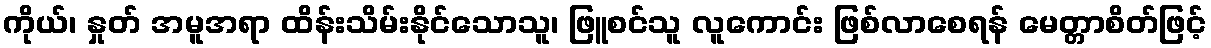
ကိုယ်၊ နှုတ် အမူအရာ ထိန်းသိမ်းနိုင်သောသူ၊ ဖြူစင်သူ လူကောင်း ဖြစ်လာစေရန် မေတ္တာစိတ်ဖြင့်